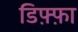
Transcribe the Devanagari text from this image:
डिफ़्फ़ा